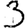
Digit: 3